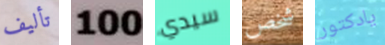
تأليف 100 سيدي شخص يادكتور